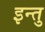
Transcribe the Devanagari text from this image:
इन्तु